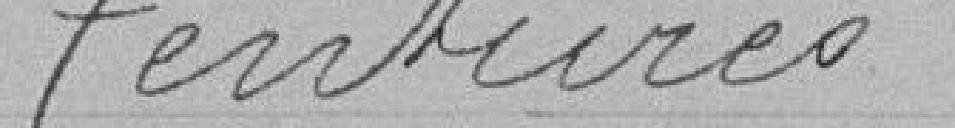
Tentures